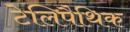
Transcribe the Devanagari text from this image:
टेलिपैथिक